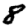
Digit: 8